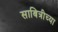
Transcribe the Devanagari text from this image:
साबित्रीच्या